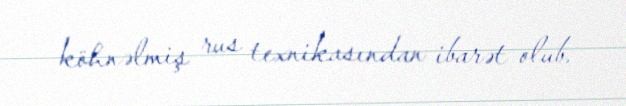
köhnəlmiş rus texnikasından ibarət olub.